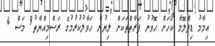
އިމާމު ޑިޕްލޮމާ ކޯހަށް ހޮވުނު ފަރާތްތަކަށް ލިޔުން ހަވާލުކުރުމުގެ ރަސްމިއްޔާތު9 މަސް 4